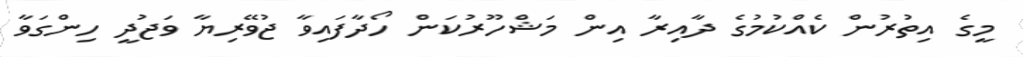
މީގެ އިތުރުން ކެއްކުމުގެ ދާއިރާ އިން މަޝްހޫރުކަން ހޯދާފައިވާ ޖުވޭރިޔާ ވަޖުދީ ހިންގަވާ